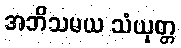
အဘိသမယ သံယုတ္တ